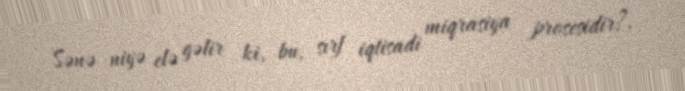
Sənə niyə elə gəlir ki, bu, sırf iqtisadi miqrasiya prosesidir?.